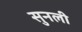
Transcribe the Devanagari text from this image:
सुनली